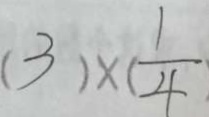
( 3 ) \times ( \frac { 1 } { 4 }